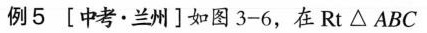
例5 [中考·兰州]如图3-6，在Rt△ABC